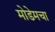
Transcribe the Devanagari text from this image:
मोडेमचा